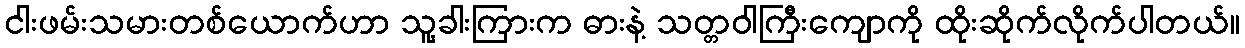
ငါးဖမ်းသမားတစ်ယောက်ဟာ သူ့ခါးကြားက ဓားနဲ့ သတ္တဝါကြီးကျောကို ထိုးဆိုက်လိုက်ပါတယ်။